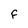
Character: F